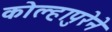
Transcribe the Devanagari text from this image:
कोल्हापुरेने